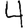
Digit: 4